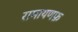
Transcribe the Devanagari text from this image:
रामायणफ़